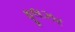
ફૂલઝર